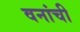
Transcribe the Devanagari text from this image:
वनांची